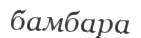
бамбара